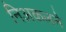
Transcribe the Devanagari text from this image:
निअकलने